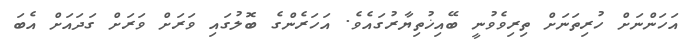
އަހަންނަށް ހުރިތަނަށް ތިރިވެވުނީ ބޭއިޚުތިޔާރުގައެވެ. އަހަރެންގެ ބޮލުގައި ވަރަށް ވަރަށް ގަދައަށް އެބަ